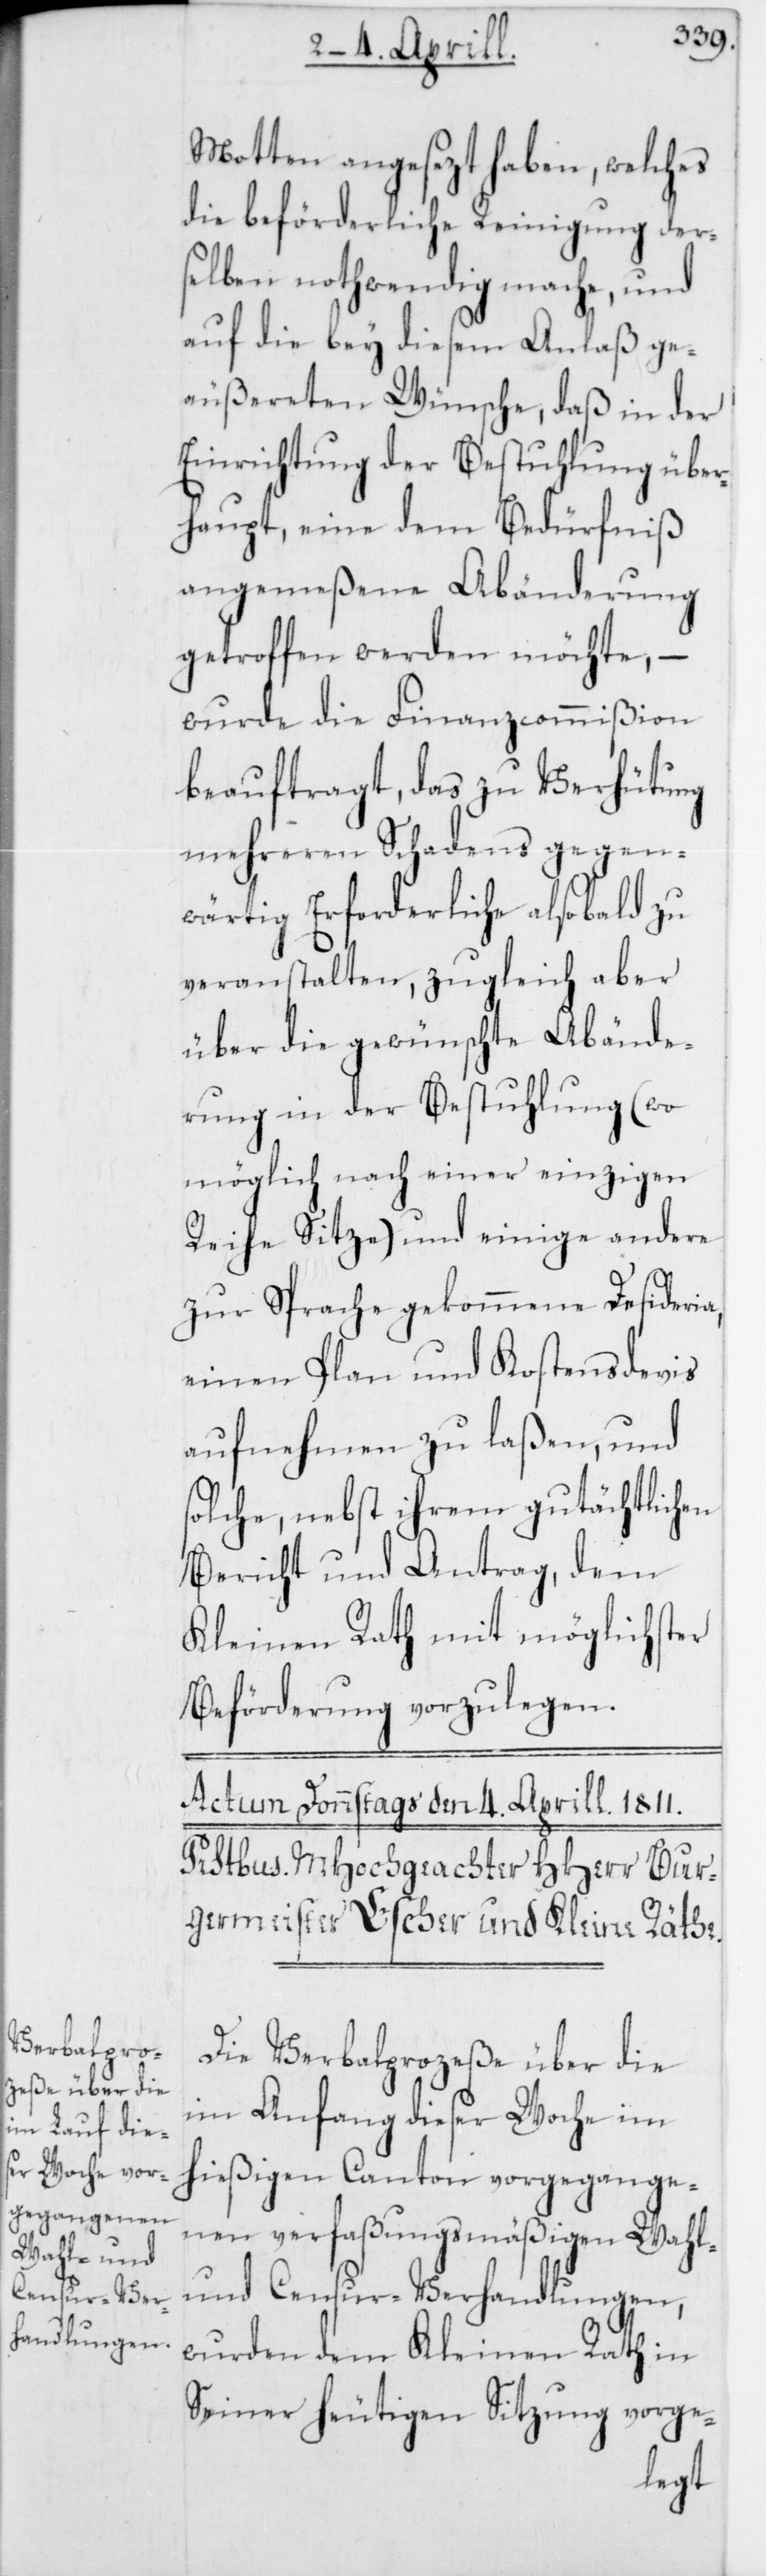
Motten angesezt haben, welches
die beförderliche Reinigung der¬
selben nothwendig mache, und
auf die bey diesem Anlaß ge¬
äußereten Wünsche, daß in der
Einrichtung der Bestuhlung über¬
haupt, eine dem Bedürfniß
angemeßene Abänderung
getroffen werden möchte, –
wurde die Finanzcommißion
beauftragt, das zu Verhütung
mehreren Schadens gegen¬
wärtig Erforderliche alsobald zu
veranstalten, zugleich aber
über die gewünschte Abände¬
rung in der Bestuhlung (wo
möglich nach einer einzigen
Reihe Sitze) und einige andere
zur Sprache gekommene Desideria,
einen Plan und Kostensdevis
aufnehmen zu laßen, und
solche, nebst ihrem gutächtlichen
Bericht und Antrag, dem
Kleinen Rath mit möglichster
Beförderung vorzulegen.
Die Verbalprozeße über die
im Anfang dieser Woche im
hießigen Canton vorgegange¬
nen verfaßungsmäßigen Wahl-
und Censur-Verhandlungen,
wurden dem Kleinen Rath in
Seiner heutigen Sitzung vorge-